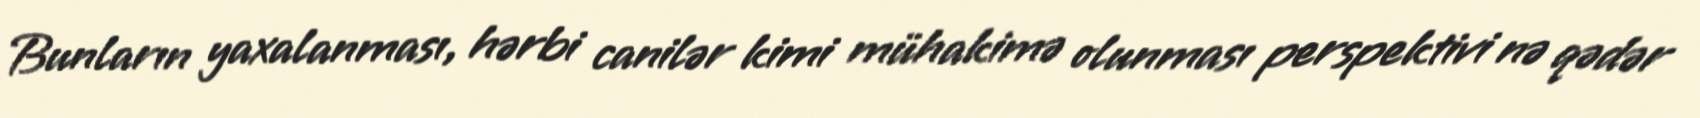
Bunların yaxalanması, hərbi canilər kimi mühakimə olunması perspektivi nə qədər